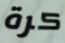
كرة